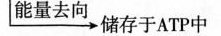
\xrightarrow{能量去向} 储存与ATP 中